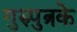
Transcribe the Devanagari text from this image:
गुरुपुत्रके